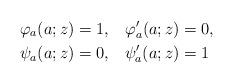
LaTeX: \begin{align*}\varphi_a(a;z)=1,\quad&\varphi'_a(a;z)=0,\\\psi_a(a;z)=0,\quad&\psi_a'(a;z)=1\end{align*}